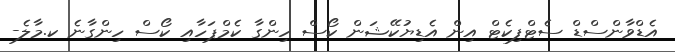
އެޑްވާންސްޑް ސެޓްފިކެޓް އިން އެޑިޔުކޭޝަން ކޯސް ހިންގާ ކެމްޕަހާއި ކޯސް ހިންގާނެ ކ.މާލެ-